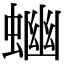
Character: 𧍘